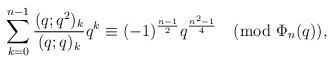
LaTeX: \begin{align*}\sum_{k=0}^{n-1}\frac{(q;q^2)_k}{(q;q)_k}q^k\equiv (-1)^{\frac{n-1}{2}}q^{\frac{n^2-1}{4}}\pmod{\Phi_{n}(q)},\end{align*}